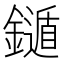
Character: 𨮐